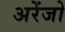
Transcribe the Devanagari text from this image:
अरेंजो